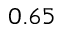
0 . 6 5